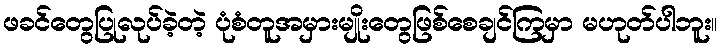
ဖခင်တွေပြုလုပ်ခဲ့တဲ့ ပုံစံတူအမှားမျိုးတွေဖြစ်စေချင်ကြမှာ မဟုတ်ပါဘူး။